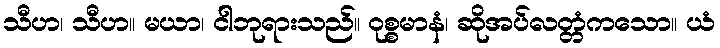
သီဟ၊ သီဟ။ မယာ၊ ငါဘုရားသည်။ ဝုစ္စမာနံ၊ ဆိုအပ်လတ္တံကသော။ ယံ